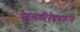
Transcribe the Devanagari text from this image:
स्थूलादिदेहचक्रांत